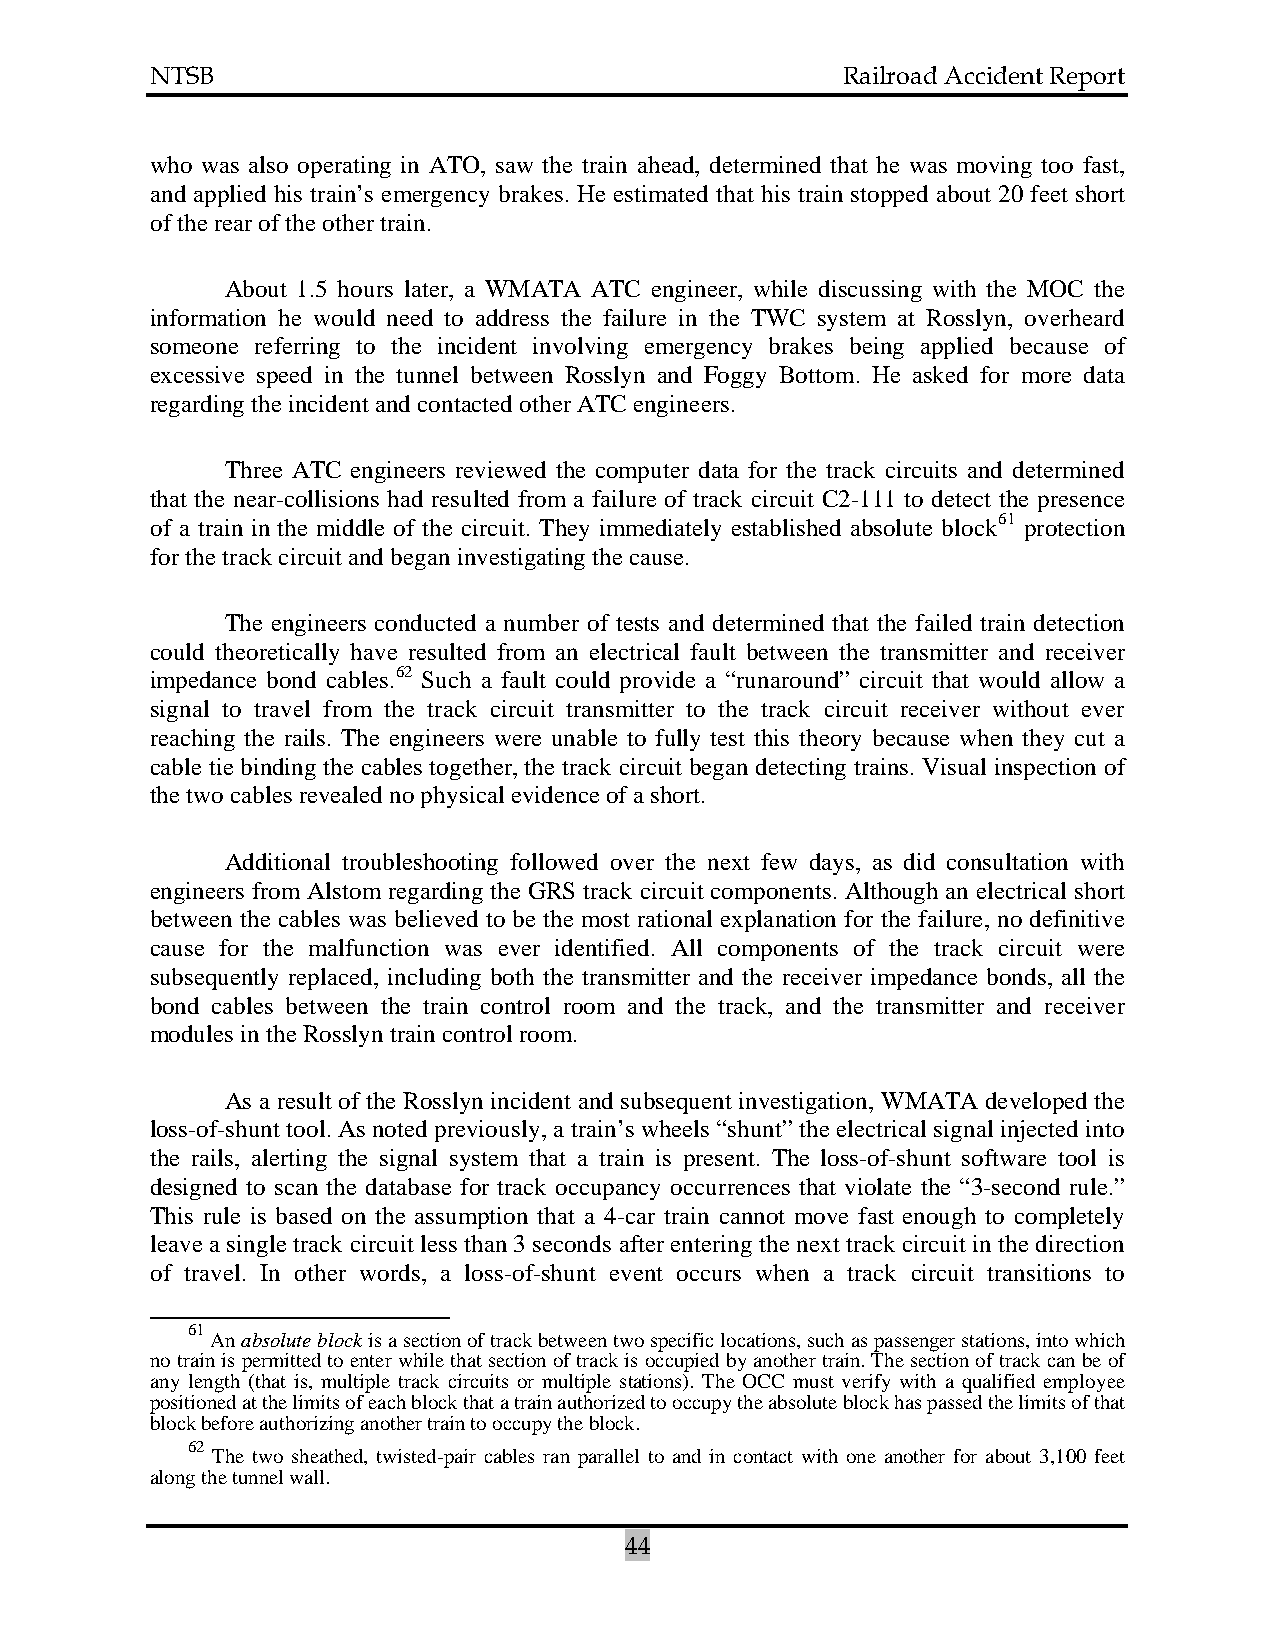
NTSB                                          Railroad Accident Report
 who was also operating in ATO, saw the train ahead, determined that he was moving too fast,
 and applied his train’s emergency brakes. He estimated that his train stopped about 20 feet short
 of the rear of the other train.
 About 1.5 hours later, a WMATA ATC engineer, while discussing with the MOC the
 information he would need to address the failure in the TWC system at Rosslyn, overheard
 someone referring to the incident involving emergency brakes being applied because of
 excessive speed in the tunnel between Rosslyn and Foggy Bottom. He asked for more data
 regarding the incident and contacted other ATC engineers.
 Three ATC engineers reviewed the computer data for the track circuits and determined
 that the near-collisions had resulted from a failure of track circuit C2-111 to detect the presence
 of a train in the middle of the circuit. They immediately established absolute block61 protection
 for the track circuit and began investigating the cause.
 The engineers conducted a number of tests and determined that the failed train detection
 could theoretically have resulted from an electrical fault between the transmitter and receiver
 impedance bond cables.62 Such a fault could provide a “runaround” circuit that would allow a
 signal to travel from the track circuit transmitter to the track circuit receiver without ever
 reaching the rails. The engineers were unable to fully test this theory because when they cut a
 cable tie binding the cables together, the track circuit began detecting trains. Visual inspection of
 the two cables revealed no physical evidence of a short.
 Additional troubleshooting followed over the next few days, as did consultation with
 engineers from Alstom regarding the GRS track circuit components. Although an electrical short
 between the cables was believed to be the most rational explanation for the failure, no definitive
 cause for the malfunction was ever identified. All components of the track circuit were
 subsequently replaced, including both the transmitter and the receiver impedance bonds, all the
 bond cables between the train control room and the track, and the transmitter and receiver
 modules in the Rosslyn train control room.
 As a result of the Rosslyn incident and subsequent investigation, WMATA developed the
 loss-of-shunt tool. As noted previously, a train’s wheels “shunt” the electrical signal injected into
 the rails, alerting the signal system that a train is present. The loss-of-shunt software tool is
 designed to scan the database for track occupancy occurrences that violate the “3-second rule.”
 This rule is based on the assumption that a 4-car train cannot move fast enough to completely
 leave a single track circuit less than 3 seconds after entering the next track circuit in the direction
 of travel. In other words, a loss-of-shunt event occurs when a track circuit transitions to
 61
 An absolute block is a section of track between two specific locations, such as passenger stations, into which
 no train is permitted to enter while that section of track is occupied by another train. The section of track can be of
 any length (that is, multiple track circuits or multiple stations). The OCC must verify with a qualified employee
 positioned at the limits of each block that a train authorized to occupy the absolute block has passed the limits of that
 block before authorizing another train to occupy the block.
 62
 The two sheathed, twisted-pair cables ran parallel to and in contact with one another for about 3,100 feet
 along the tunnel wall.
 44